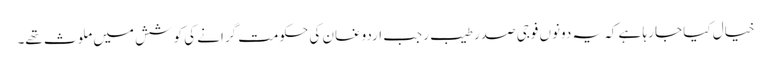
خیال کیا جا رہا ہے کہ یہ دونوں فوجی صدر طیب رجب اردوغان کی حکومت گرانے کی کوشش میں ملوث تھے۔